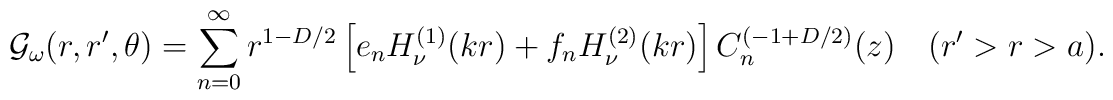
{\cal G}_\omega (r,r',\theta)=\sum_{n=0}^\infty r^{1-D/2}\left [  e_n H^{(1)}_{\nu }(k r)+f_nH^{(2)}_{\nu}(k r)\right ] C_n ^{(-1+{D/2})}(z)\quad (r'>r>a).